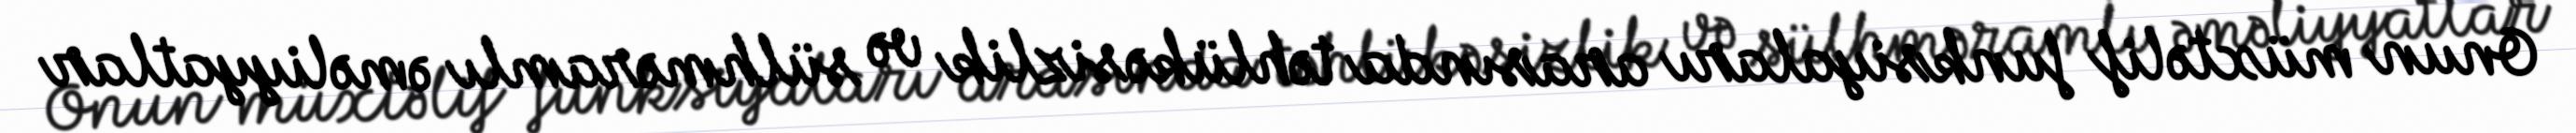
Onun müxtəlif funksiyaları arasında təhlükəsizlik və sülhməramlı əməliyyatlar